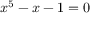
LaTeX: x ^ { 5 } - x - 1 = 0